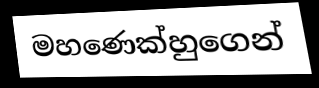
මහණෙක්හුගෙන්